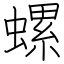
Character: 螺